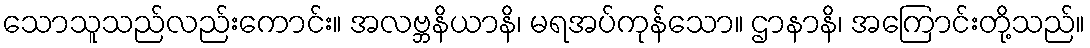
သောသူသည်လည်းကောင်း။ အလဗ္ဘနိယာနိ၊ မရအပ်ကုန်သော။ ဌာနာနိ၊ အကြောင်းတို့သည်။